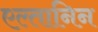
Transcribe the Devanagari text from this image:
एल्तानिन